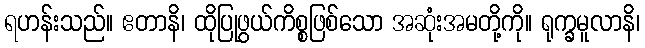
ရဟန်းသည်။ ဧတာနိ၊ ထိုပြုဖွယ်ကိစ္စဖြစ်သော အဆုံးအမတို့ကို။ ရုက္ခမူလာနိ၊